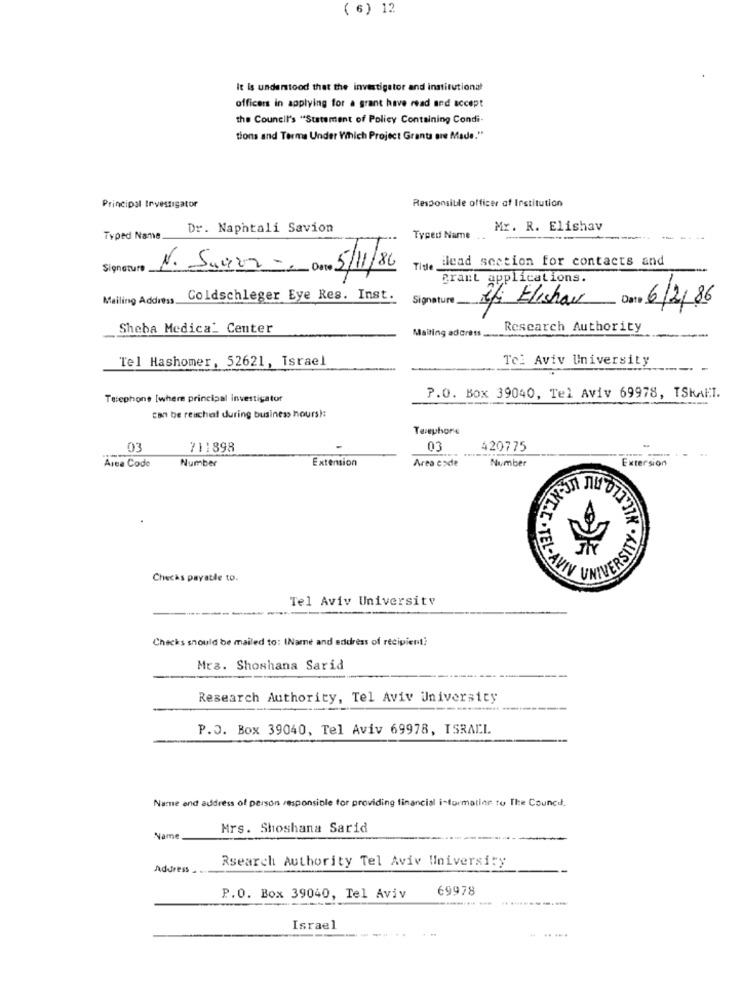
( 6) 12
It Is understood that the investigator and institutional
officers in applying for a grant have read and accept
the Council's "Statement of Policy Containing Condi-
tions and Terme Under Which Project Grants are Made."
Principal Investigator
Responsible officer of Institution
Dr. Naphtali Savion
Mr. R. Elishav
Typed Name.
Typed Name . .
-
-- ----
ilead _section for contacts and
Signature
N. Suava - Done 5/11/86
Brant applications.
Mailing Address.
Coldschleger Eye Res. Inst.
Signature
Efi Elishav
6/2/86
Sheba Medica_ Center
Mailing address
Research Authority
Tel Hashomer, 52621, Israel
Tel Aviv University
Telephone [where principal investigator
P.O. Box 39040, Tel Aviv 69978, TSKAT.
can be reached during business hours !:
Taxephore
03
711898
03
420775
---..
Number
Extension
Number
Extersion
Area Code
Area code
F
Checks payable to.
EL-AMIN UNIVERSITY
UTTAK . ALISHEA
Tel Aviv University
Checks should be mailed to: (Name and address of recipient?
Mrs. Shoshana Sarid
Research Authority, Tel Aviv University
P.O. Box 39040, Tel Aviv 69978, ISRAEL
Name and address of person responsible for providing financial information to The Councd.
Mrs. Shoshana Sarid
Name
Rsearch Authority Tel Aviv University
Address
69978
P.O. Box 39040, Tel Aviv
Israel